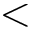
<